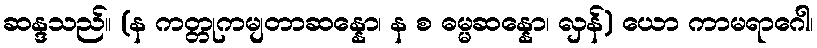
ဆန္ဒသည်။ (န ကတ္တုကမျတာဆန္နော၊ န စ ဓမ္မဆန္နော၊ လှန်) ယော ကာမရာဂေါ၊